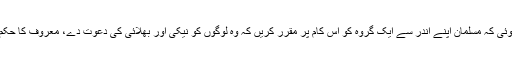
اس مقصد کے لیے یہ ہدایت ہوئی کہ مسلمان اپنے اندر سے ایک گروہ کو اس کام پر مقرر کریں کہ وہ لوگوں کو نیکی اور بھلائی کی دعوت دے، معروف کا حکم کرے اور منکر سے روکے۔